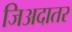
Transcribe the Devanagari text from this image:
जिअदातर